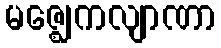
မဇ္ဈေကလျာဏာ